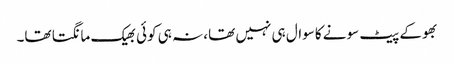
بھوکے پیٹ سونے کاسوال ہی نہیں تھا، نہ ہی کوئی بھیک مانگتا تھا۔